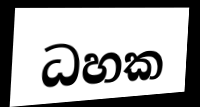
ධහක